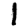
Digit: 1